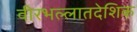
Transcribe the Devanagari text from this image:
वीरभल्लातदेशिक